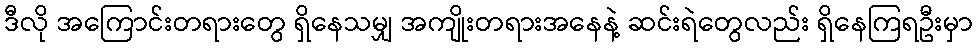
ဒီလို အကြောင်းတရားတွေ ရှိနေသမျှ အကျိုးတရားအနေနဲ့ ဆင်းရဲတွေလည်း ရှိနေကြရဦးမှာ